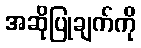
အဆိုပြုချက်ကို